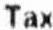
TAX